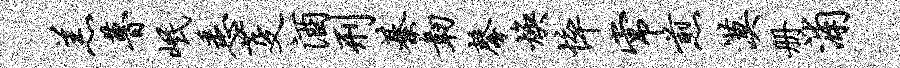
羔瞢岷悉芟酒刑綦韧馨焕悴常煎漠册浦